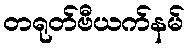
တရုတ်ဗီယက်နမ်